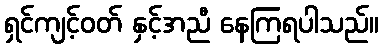
ရှင်ကျင့်ဝတ် နှင့်အညီ နေကြရပါသည်။